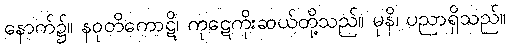
နောက်၌။ နဝုတိကောဋိ၊ ကုဋေကိုးဆယ်တို့သည်။ မုနိ၊ ပညာရှိသည်။